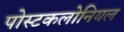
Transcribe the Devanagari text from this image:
पोस्टकलोनियल